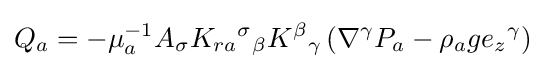
Q{_{a}}=-\mu _{a}^{-1}A{_{\sigma }}K_{ra}{^{\sigma }}_{\beta }K{^{\beta }}_{\gamma }\left(\nabla ^{\gamma }P_{a}-\rho _{a}g{e_{z}}{^{\gamma }}\right)